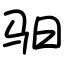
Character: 驲